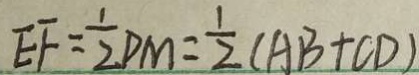
E F = \frac { 1 } { 2 } D M = \frac { 1 } { 2 } ( A B + C D )